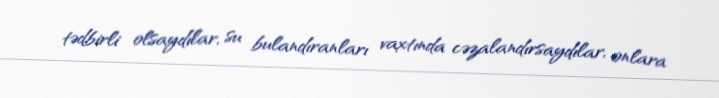
tədbirli olsaydılar, su bulandıranları vaxtında cəzalandırsaydılar, onlara